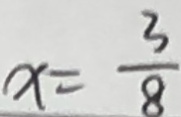
x = \frac { 3 } { 8 }